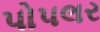
પોપલર